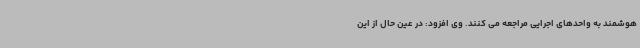
هوشمند به واحدهای اجرایی مراجعه می کنند. وی افزود: در عین حال از این